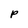
Character: P